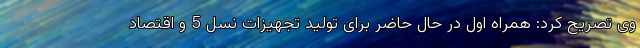
وی تصریح کرد: همراه اول در حال حاضر برای تولید تجهیزات نسل 5 و اقتصاد